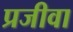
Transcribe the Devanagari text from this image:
प्रजीवा